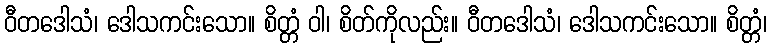
ဝီတဒေါသံ၊ ဒေါသကင်းသော။ စိတ္တံ ဝါ၊ စိတ်ကိုလည်း။ ဝီတဒေါသံ၊ ဒေါသကင်းသော။ စိတ္တံ၊